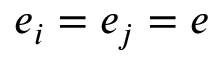
e _ { i } = e _ { j } = e